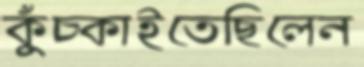
কুঁচ্‌কাইতেছিলেন